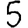
Digit: 5